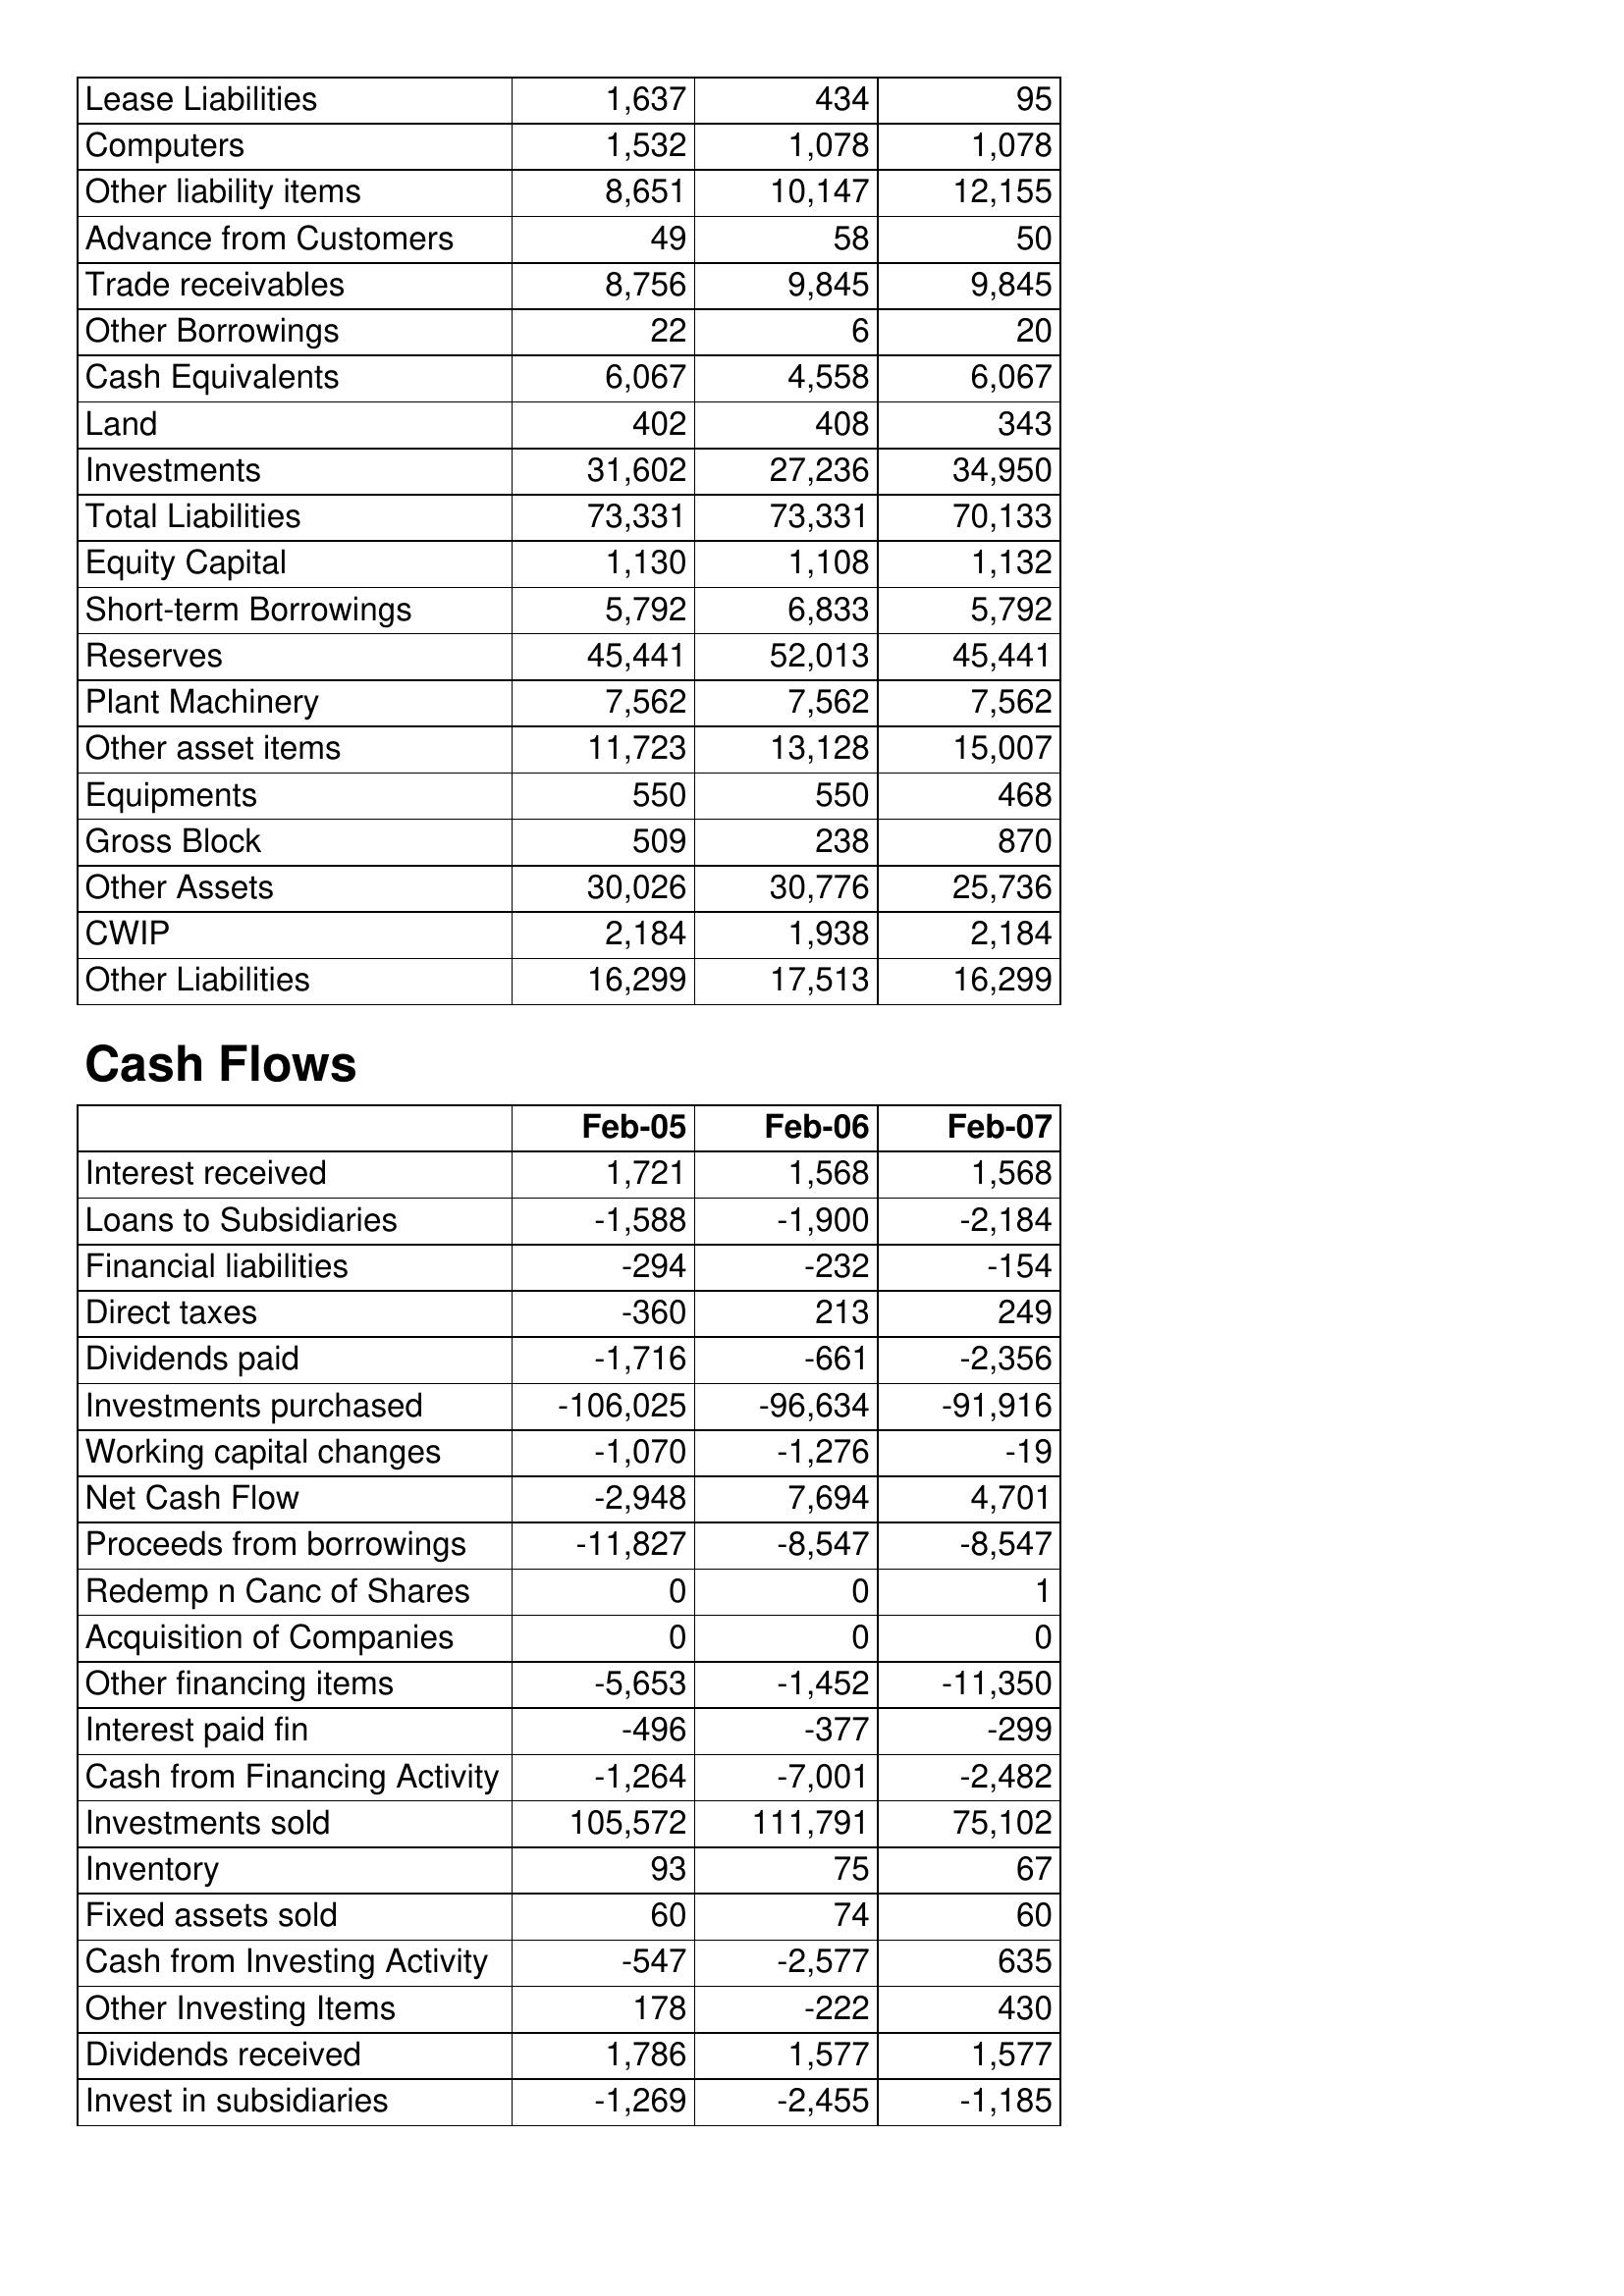
Feb-05: Balance Sheet: Lease Liabilities: 1,637
Computers: 1,532
Other liability items: 8,651
Advance from Customers: 49
Trade receivables: 8,756
Other Borrowings: 22
Cash Equivalents: 6,067
Land: 402
Investments: 31,602
Total Liabilities: 73,331
Equity Capital: 1,130
Short-term Borrowings: 5,792
Reserves: 45,441
Plant Machinery: 7,562
Other asset items: 11,723
Equipments: 550
Gross Block: 509
Other Assets: 30,026
CWIP: 2,184
Other Liabilities: 16,299
Cash Flows: Interest received: 1,721
Loans to Subsidiaries: -1,588
Financial liabilities: -294
Direct taxes: -360
Dividends paid: -1,716
Investments purchased: -106,025
Working capital changes: -1,070
Net Cash Flow: -2,948
Proceeds from borrowings: -11,827
Redemp n Canc of Shares: 0
Acquisition of Companies: 0
Other financing items: -5,653
Interest paid fin: -496
Cash from Financing Activity: -1,264
Investments sold: 105,572
Inventory: 93
Fixed assets sold: 60
Cash from Investing Activity: -547
Other Investing Items: 178
Dividends received: 1,786
Invest in subsidiaries: -1,269
Feb-06: Balance Sheet: Lease Liabilities: 434
Computers: 1,078
Other liability items: 10,147
Advance from Customers: 58
Trade receivables: 9,845
Other Borrowings: 6
Cash Equivalents: 4,558
Land: 408
Investments: 27,236
Total Liabilities: 73,331
Equity Capital: 1,108
Short-term Borrowings: 6,833
Reserves: 52,013
Plant Machinery: 7,562
Other asset items: 13,128
Equipments: 550
Gross Block: 238
Other Assets: 30,776
CWIP: 1,938
Other Liabilities: 17,513
Cash Flows: Interest received: 1,568
Loans to Subsidiaries: -1,900
Financial liabilities: -232
Direct taxes: 213
Dividends paid: -661
Investments purchased: -96,634
Working capital changes: -1,276
Net Cash Flow: 7,694
Proceeds from borrowings: -8,547
Redemp n Canc of Shares: 0
Acquisition of Companies: 0
Other financing items: -1,452
Interest paid fin: -377
Cash from Financing Activity: -7,001
Investments sold: 111,791
Inventory: 75
Fixed assets sold: 74
Cash from Investing Activity: -2,577
Other Investing Items: -222
Dividends received: 1,577
Invest in subsidiaries: -2,455
Feb-07: Balance Sheet: Lease Liabilities: 95
Computers: 1,078
Other liability items: 12,155
Advance from Customers: 50
Trade receivables: 9,845
Other Borrowings: 20
Cash Equivalents: 6,067
Land: 343
Investments: 34,950
Total Liabilities: 70,133
Equity Capital: 1,132
Short-term Borrowings: 5,792
Reserves: 45,441
Plant Machinery: 7,562
Other asset items: 15,007
Equipments: 468
Gross Block: 870
Other Assets: 25,736
CWIP: 2,184
Other Liabilities: 16,299
Cash Flows: Interest received: 1,568
Loans to Subsidiaries: -2,184
Financial liabilities: -154
Direct taxes: 249
Dividends paid: -2,356
Investments purchased: -91,916
Working capital changes: -19
Net Cash Flow: 4,701
Proceeds from borrowings: -8,547
Redemp n Canc of Shares: 1
Acquisition of Companies: 0
Other financing items: -11,350
Interest paid fin: -299
Cash from Financing Activity: -2,482
Investments sold: 75,102
Inventory: 67
Fixed assets sold: 60
Cash from Investing Activity: 635
Other Investing Items: 430
Dividends received: 1,577
Invest in subsidiaries: -1,185